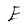
Character: E